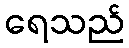
ရေသည်